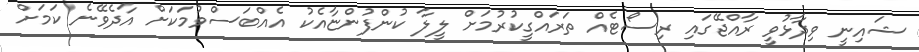
ޝައިނީ ވިދާޅުވީ ރާއްޖޭގައި ރިސޯޓެއް ތަރައްގީކުރުމަށް ލީލާ ކުންފުންޏާއެކު އެއްބަސްވުމަކަށް އާދެވޭނެ ކަމަށް